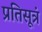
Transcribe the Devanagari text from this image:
प्रतिसूत्रं